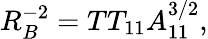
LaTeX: R_{B}^{-2}=TT_{11}A_{11}^{3/2},